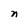
Character: n